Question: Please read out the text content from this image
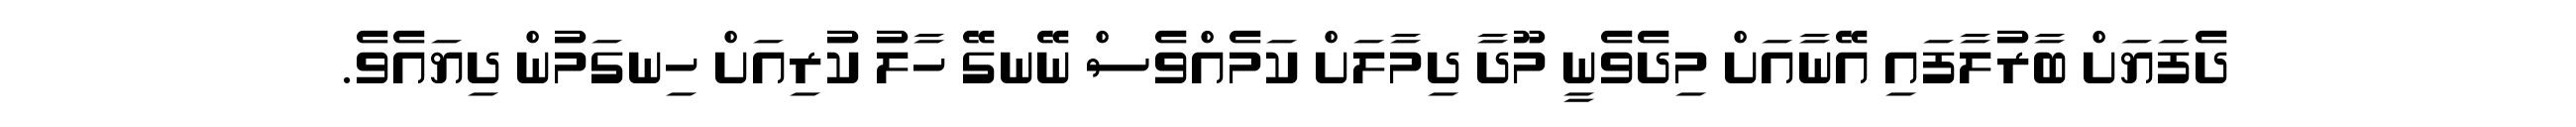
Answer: ދެފަޔަށް ބާރުލާފައި އޭނާއަށް މިދެވެނީ މޫދާ ދިމާލަށް ކަމެއްވެސް ނޭނގޭ ހާލު ކުރިއަށް ހިނގަމުން ދިޔައެވެ.